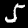
Label: 5